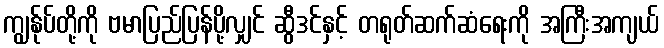
ကျွန်ုပ်တို့ကို ဗမာပြည်ပြန်ပို့လျှင် ဆွီဒင်နှင့် တရုတ်ဆက်ဆံရေးကို အကြီးအကျယ်